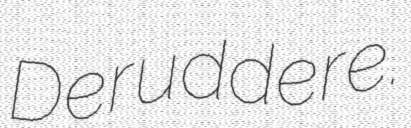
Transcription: Deruddere.